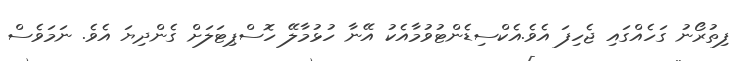
ފިތުރޯނު ގަހެއްގައި ޖެހިފަ އެވެ.އެކްސިޑެންޓުވުމާއެކު އޭނާ ހުޅުމާލޭ ހޮސްޕިޓަލަށް ގެންދިޔަ އެވެ. ނަމަވެސް